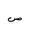
Letter: _sad